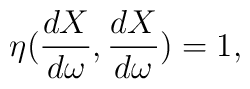
\eta(\frac{dX}{d\omega}, \frac{dX}{d\omega}) = 1,